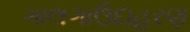
ગાલગાઉદાહરણ